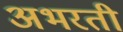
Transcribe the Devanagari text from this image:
अभरती